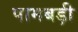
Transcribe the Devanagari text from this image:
पामबड़ी